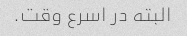
البته در اسرع وقت.